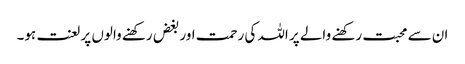
ان سے محبت رکھنے والے پر اللہ کی رحمت اور بغض رکھنے والوں پر لعنت ہو۔